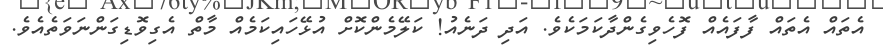
އެތައް އެތައް ފާފައެއް ފޮހެވިގެންދާކަމަކެވެ. އަދި ދަނެއު! ކަލޭމެންކޮށް އުޅޭހައިކަމެއް މާތް އެގިވޮޑިގަންނަވަތެއެވެ.